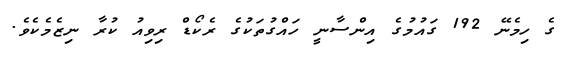
ގެ ހިމެނޭ 192 ގައުމުގެ އިންސާނީ ހައްގުތަކުގެ ރެކޯޑް ރިވިއު ކުރާ ނިޒެމެކެވެ.